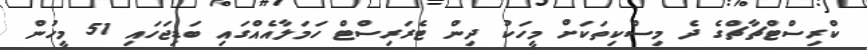
ކްރިސްޓްޗާޗްގެ ދެ މިސްކިތަކަށް މީހަކު ދިން ޓެރަރިސްޓް ހަމަލާއެއްގައި ބަޑިޖަހައި 51 މީހުން